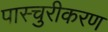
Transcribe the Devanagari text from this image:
पास्चुरीकरण